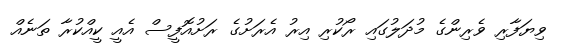
ވިޔަފާރި ވެރިންގެ މުދަލުގައި ރޯކުރި އިރު އެރަށުގެ ރަށުއޮފީސް އެއީ ކީއްކުރާ ތަނެއް